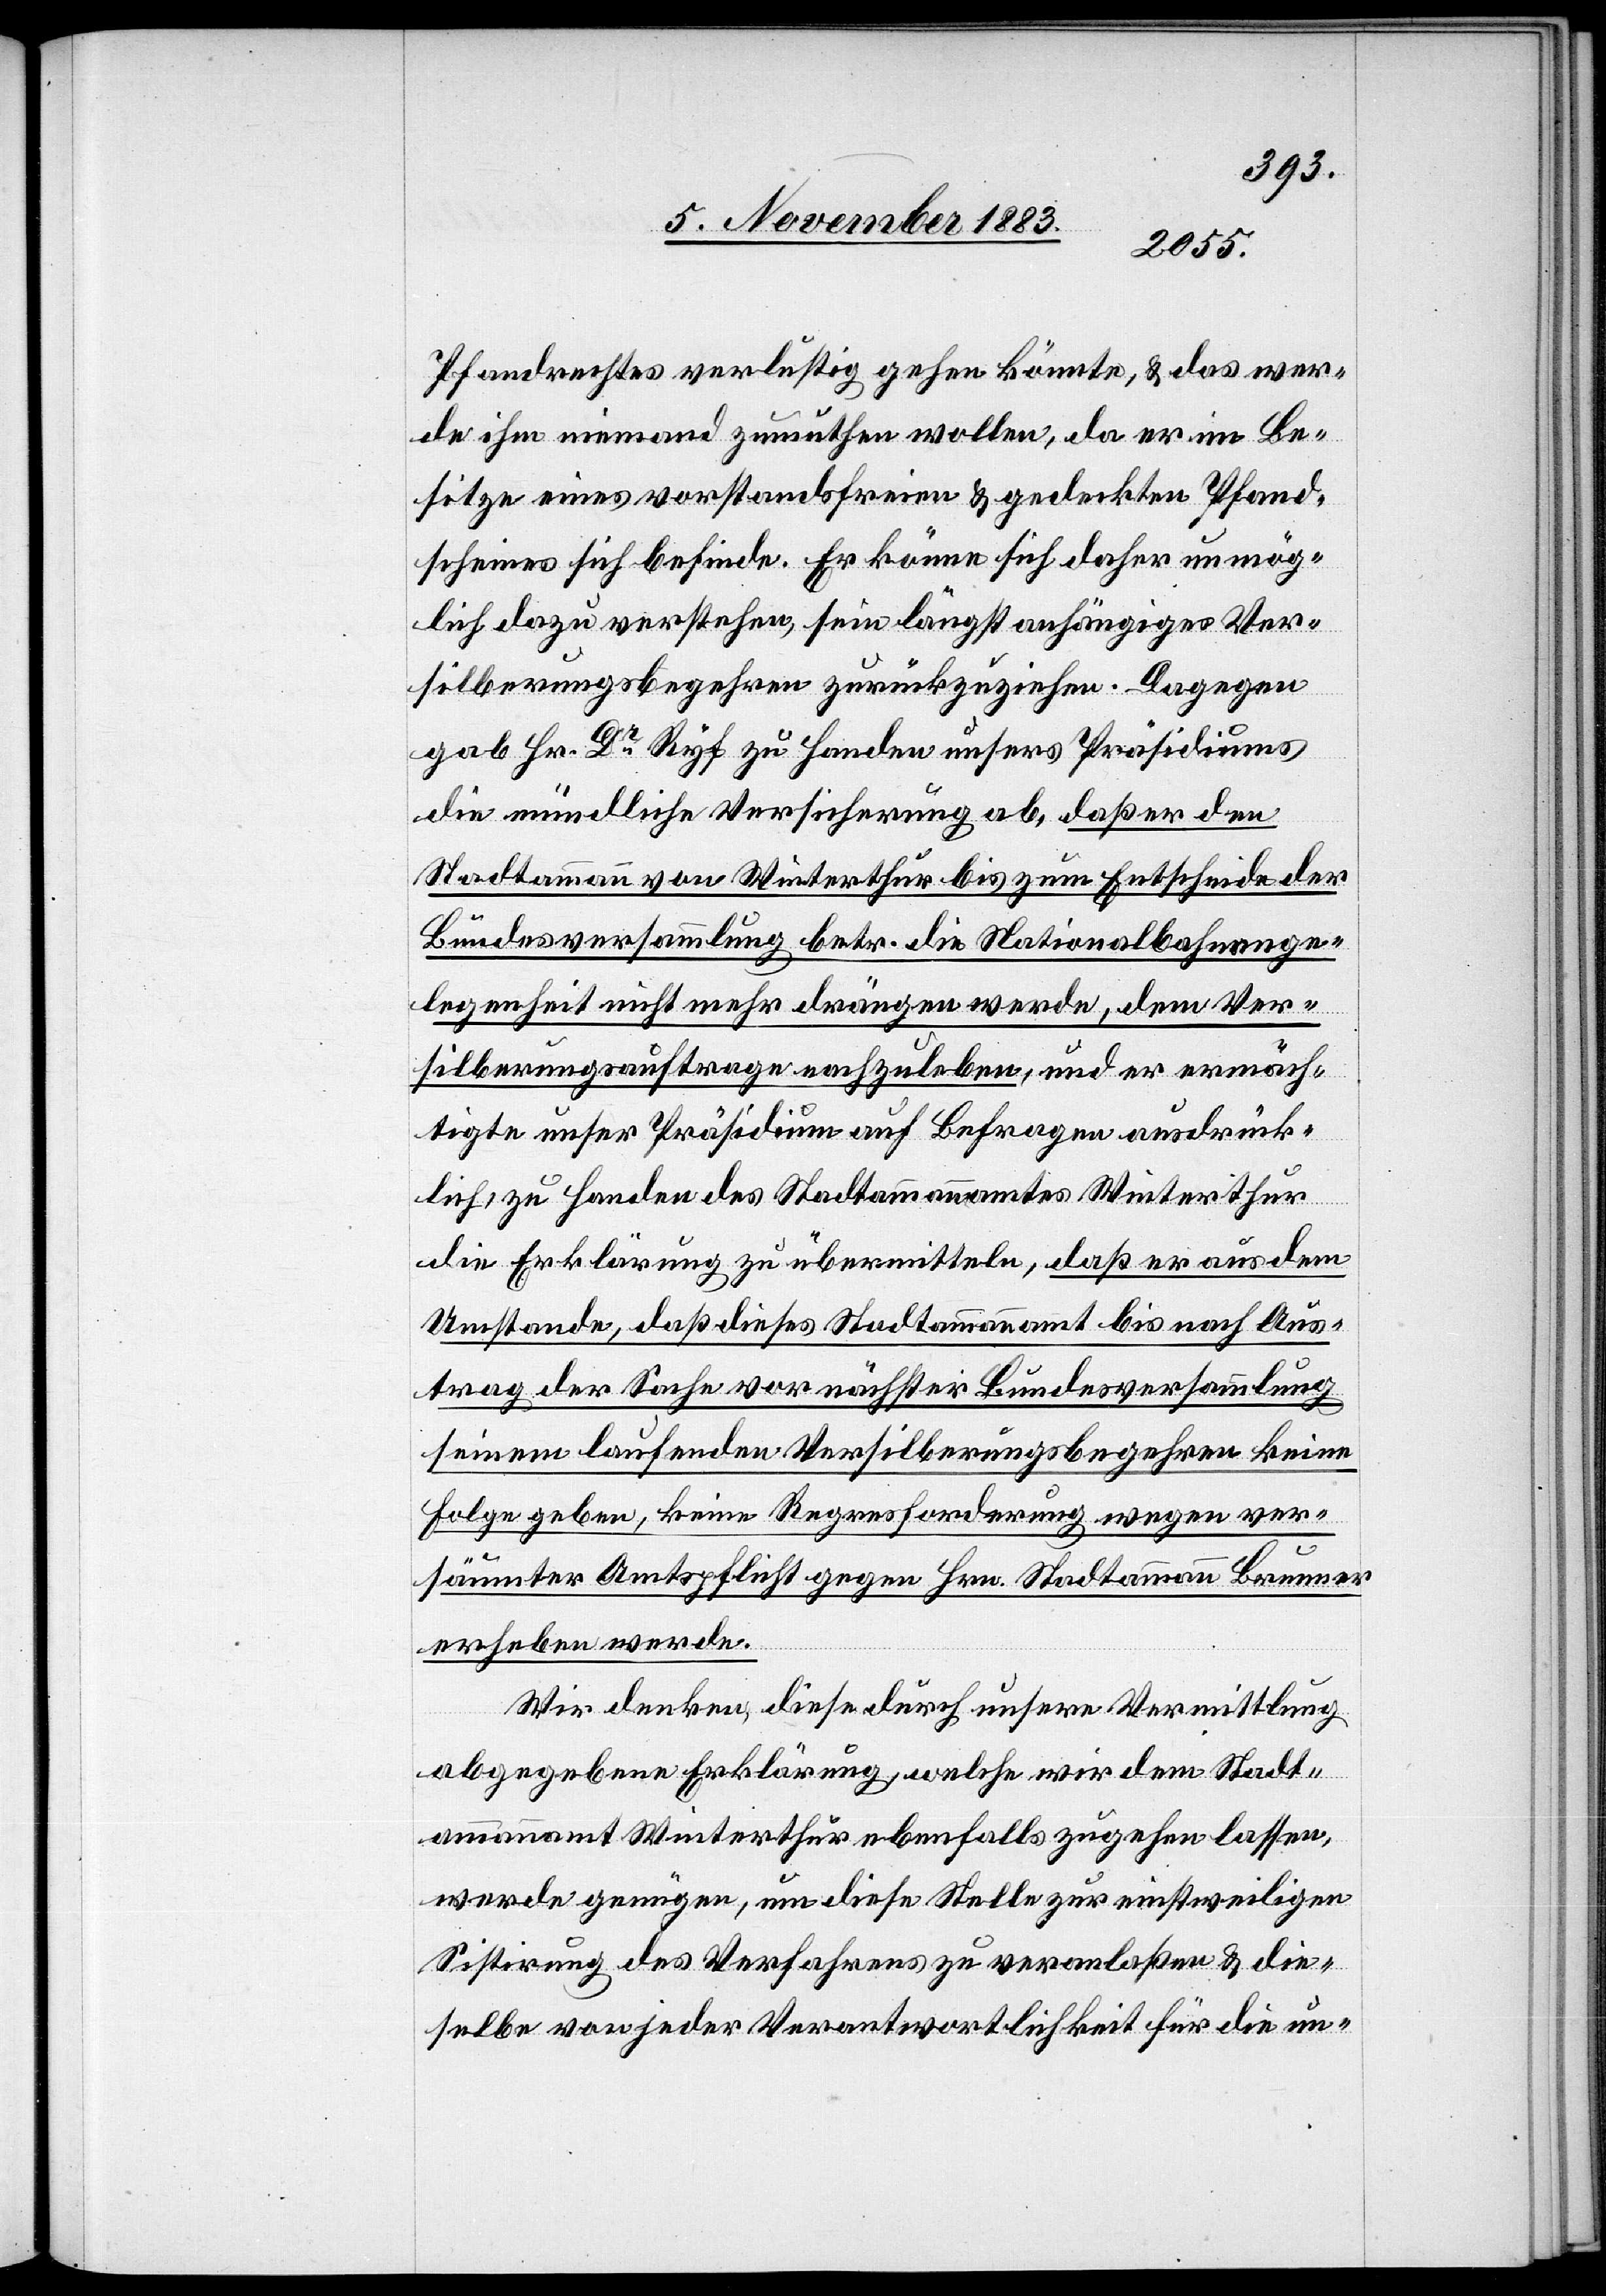
Pfandrechtes verlustig gehen könnte, & das wer¬
de ihm niemand zumuthen wollen, da er im Be¬
sitze eines vorstandsfreien & gedeckten Pfand¬
scheines sich befinde. Er könne sich daher unmög¬
lich dazu verstehen, sein längst anhängiges Ver¬
silberungsbegehren zurückzuziehen. Dagegen
gab Hr. Dr Ryf zu Handen unsers Präsidiums
die mündliche Versicherung ab, daß er den
Stadtammann von Winterthur bis zum Entscheide der
Bundesversammlung betr. die Nationalbahnange¬
legenheit nicht mehr drängen werde, dem Ver¬
silberungsauftrage nachzuleben, und er ermäch¬
tigte unser Präsidium auf Befragen ausdrück¬
lich, zu Handen des Stadtammannamtes Winterthur
die Erklärung zu übermitteln, daß er aus dem
Umstande, daß dieses Stadtammannamt bis nach Aus¬
trag der Sache vor nächster Bundesversammlung
seinem laufenden Versilberungsbegehren keine
Folge geben, keine Regresforderung wegen ver¬
säumter Amtspflicht gegen Hrn. Stadtammann Brunner
erheben werde.
Wir denken, diese durch unsere Vermittlung
abgegebene Erklärung, welche wir dem Stadt¬
ammannamt Winterthur ebenfalls zugehen lassen,
werde genügen, um diese Stelle zur einstweiligen
Sistirung des Verfahrens zu veranlaßen & die
selbe von jeder Verantwortlichkeit für die un-